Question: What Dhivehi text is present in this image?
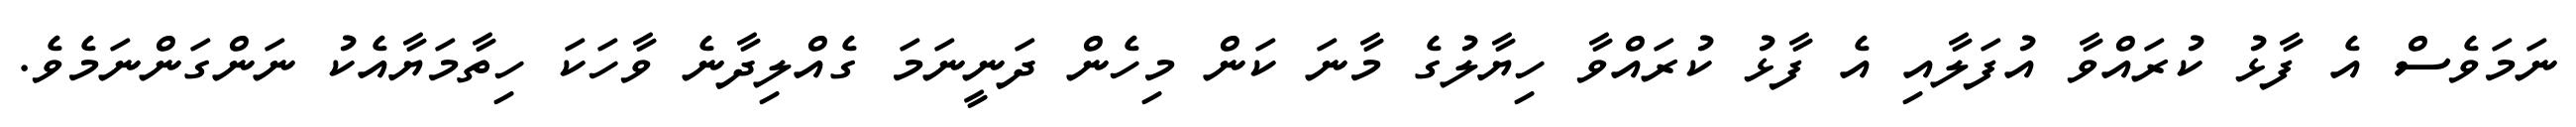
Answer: ނަމަވެސް އެ ފާޅު ކުރައްވާ އުފަލާއި އެ ފާޅު ކުރައްވާ ހިޔާލުގެ މާނަ ކަން މިހެން ދަނީނަމަ ގެއްލިދާނެ ވާހަކަ ހިތާމަޔާއެކު ނަންގަންނަމެވެ.